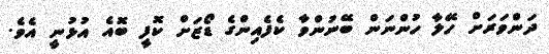
ދަންވަރަށް ހޭލާ ހުންނަން ބޭނުންވާ ކެފެއިންގެ ޑޯޒަށް ކޮފީ ބޮއެ އުޅުނީ އެވެ.